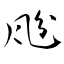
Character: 瓰